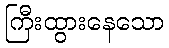
ကြီးထွားနေသော